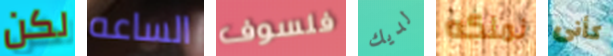
لكن الساعه فلسوف لديك نملكه كأنى